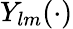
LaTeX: Y_{lm}(\cdot)